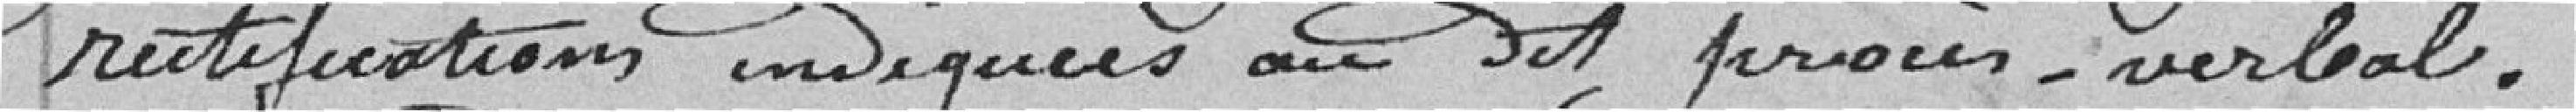
rectifications indiquées au dit procès-verbal.